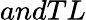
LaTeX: andTL